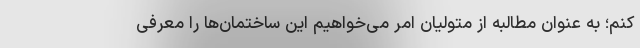
کنم؛ به عنوان مطالبه از متولیان امر می‌خواهیم این ساختمان‌ها را معرفی